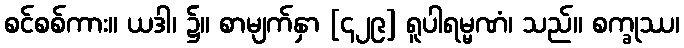
စင်စစ်ကား။ ယဒါ၊ ၌။ စာမျက်နှာ [၄၂၉] ရူပါရမ္မဏံ၊ သည်။ စက္ခုဿ၊